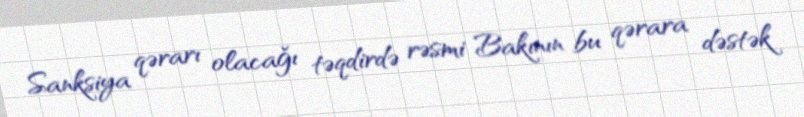
Sanksiya qərarı olacağı təqdirdə rəsmi Bakının bu qərara dəstək